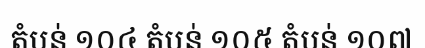
តំបន់ ១០៤ តំបន់ ១០៥ តំបន់ ១០៧